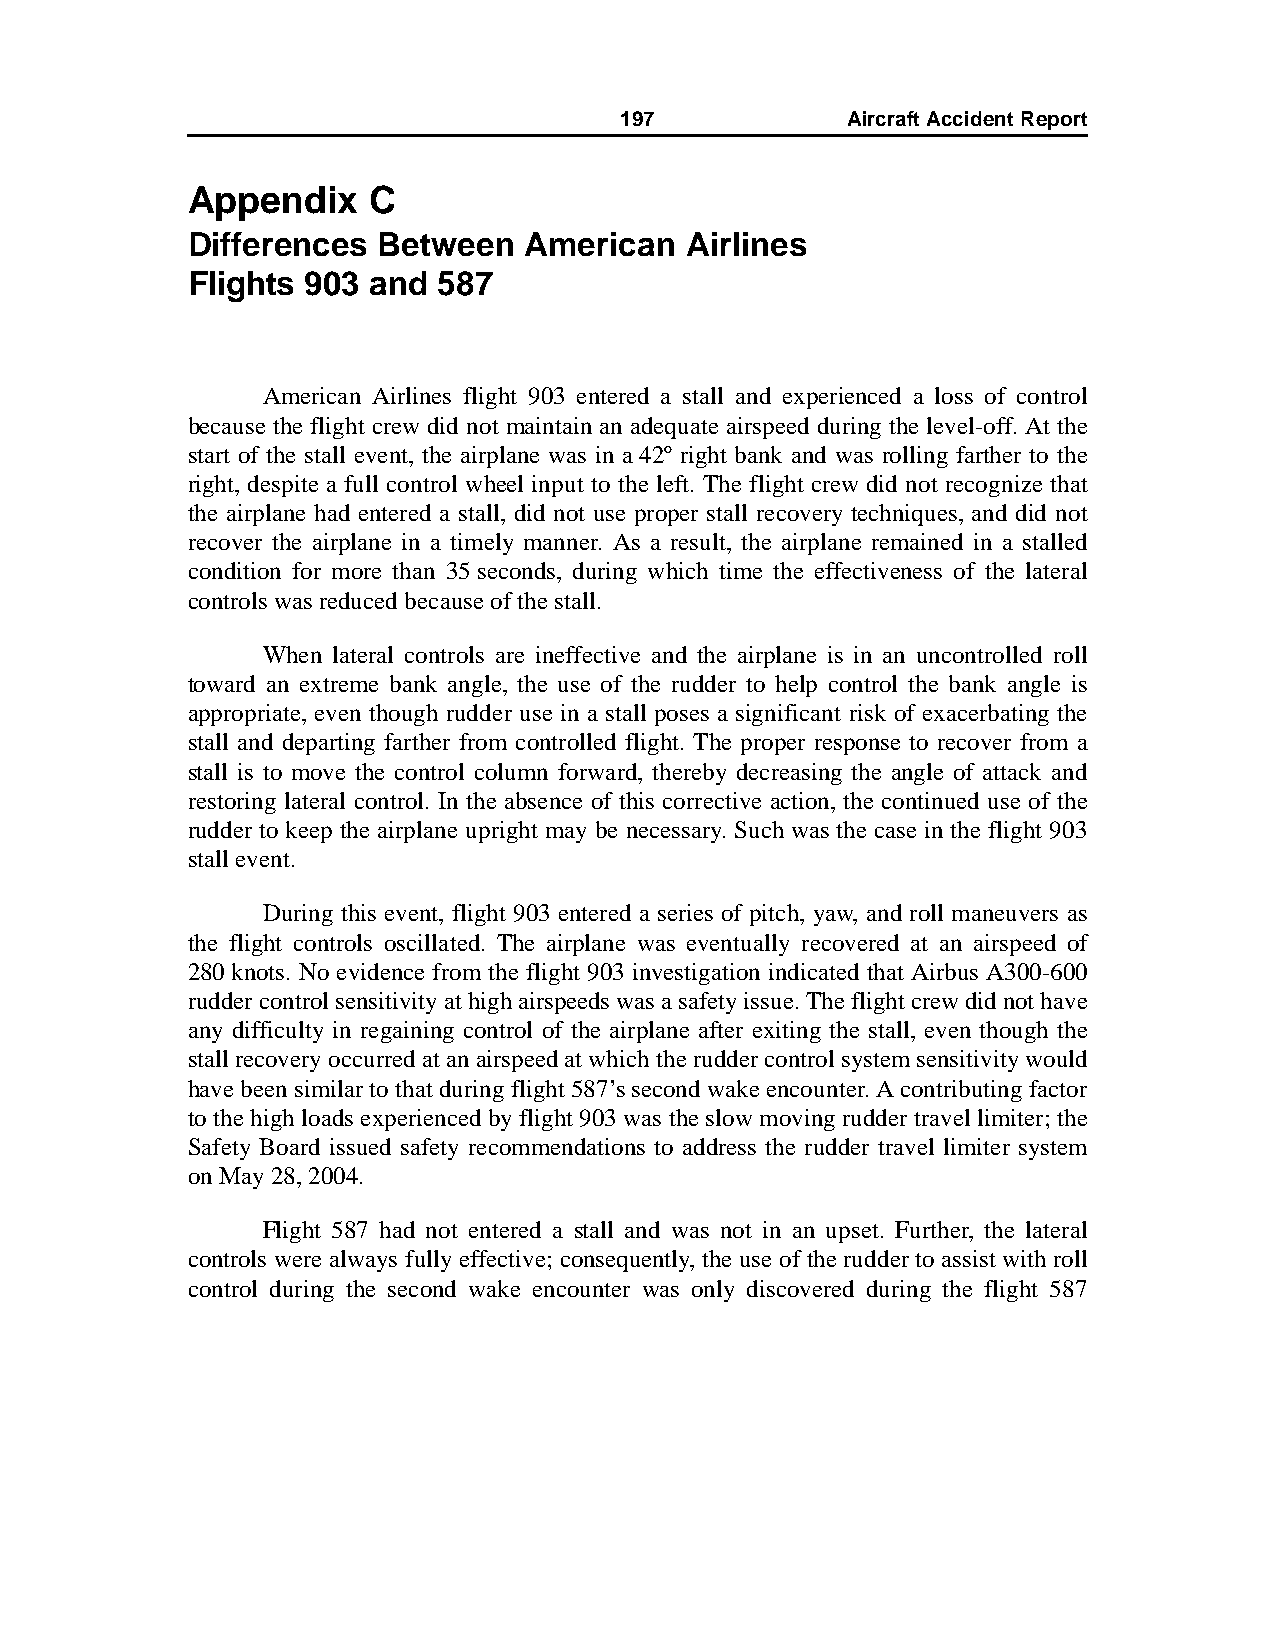
197            AircraftAccidentReport
 Appendix    C
 Differences  Between   American  Airlines
 Flights 903 and  587
 American Airlines flight 903 entered a stall and experienced a loss of control
 because the flight crew did not maintain an adequate airspeed during the level-off. At the
 start of the stall event, the airplane was in a 42º right bank and was rolling farther to the
 right, despite a full control wheel input to the left. The flight crew did not recognize that
 the airplane had entered a stall, did not use proper stall recovery techniques, and did not
 recover the airplane in a timely manner. As a result, the airplane remained in a stalled
 condition for more than 35seconds, during which time the effectiveness of the lateral
 controls was reduced because of the stall.
 When lateral controls are ineffective and the airplane is in an uncontrolled roll
 toward an extreme bank angle, the use of the rudder to help control the bank angle is
 appropriate, even though rudder use in a stall poses a significant risk of exacerbating the
 stall and departing farther from controlled flight. The proper response to recover from a
 stall is to move the control column forward, thereby decreasing the angle of attack and
 restoring lateral control. In the absence of this corrective action, the continued use of the
 rudder to keep the airplane upright may be necessary. Such was the case in the flight 903
 stall event.
 During this event, flight 903 entered a series of pitch, yaw, and roll maneuvers as
 the flight controls oscillated. The airplane was eventually recovered at an airspeed of
 280knots. No evidence from the flight 903 investigation indicated that Airbus A300-600
 rudder control sensitivity at high airspeeds was a safety issue. The flight crew did not have
 any difficulty in regaining control of the airplane after exiting the stall, even though the
 stall recovery occurred at an airspeed at which the rudder control system sensitivity would
 have been similar to that during flight 587’s second wake encounter. A contributing factor
 to the high loads experienced by flight 903 was the slow moving rudder travel limiter; the
 Safety Board issued safety recommendations to address the rudder travel limiter system
 on May 28, 2004.
 Flight 587 had not entered a stall and was not in an upset. Further, the lateral
 controls were always fully effective; consequently, the use of the rudder to assist with roll
 control during the second wake encounter was only discovered during the flight 587